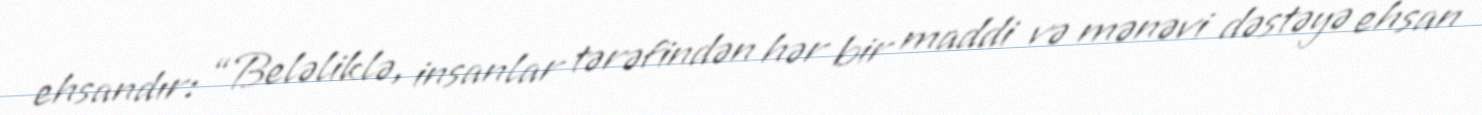
ehsandır: “Beləliklə, insanlar tərəfindən hər bir maddi və mənəvi dəstəyə ehsan